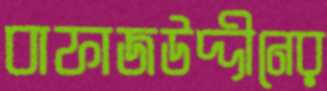
বাফাজউদ্দীনের